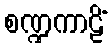
စဏ္ဍကာဠိံ